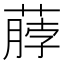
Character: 𫉖